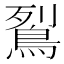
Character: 鴷